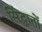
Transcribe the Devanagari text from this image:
सिंद्धातों